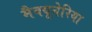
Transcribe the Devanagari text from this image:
मैक्यूनेरिया